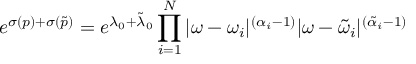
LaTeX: e ^ { \sigma ( p ) + \sigma ( \tilde { p } ) } = e ^ { \lambda _ { 0 } + \tilde { \lambda } _ { 0 } } \prod _ { i = 1 } ^ { N } | \omega - \omega _ { i } | ^ { ( \alpha _ { i } - 1 ) } | \omega - \tilde { \omega } _ { i } | ^ { ( \tilde { \alpha } _ { i } - 1 ) }